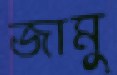
জামু